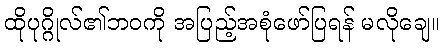
ထိုပုဂ္ဂိုလ်၏ဘဝကို အပြည့်အစုံဖော်ပြရန် မလိုချေ။